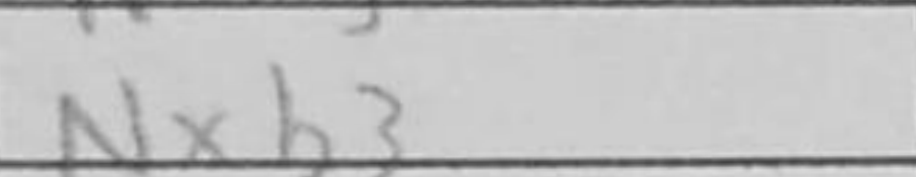
Transcription: Nxb3